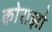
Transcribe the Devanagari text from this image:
कोराझो